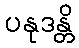
ပနုဒန္တိ